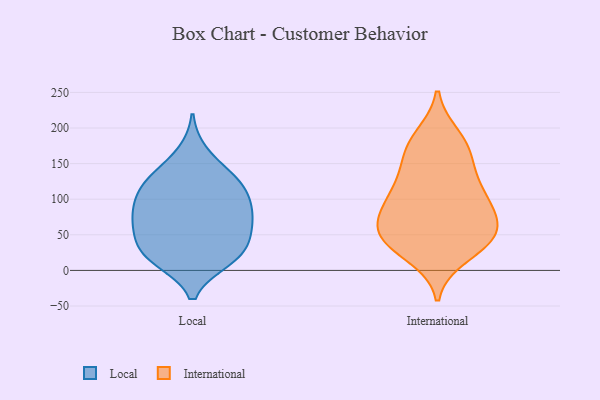
{"axis": {"x": "Temperature (°C)", "y": "Value"}, "legend": ["International", "Local"], "data": [{"x": "", "y": 123, "type": "Local"}, {"x": "", "y": 14, "type": "Local"}, {"x": "", "y": 87, "type": "Local"}, {"x": "", "y": 29, "type": "Local"}, {"x": "", "y": 67, "type": "Local"}, {"x": "", "y": 93, "type": "Local"}, {"x": "", "y": 98, "type": "Local"}, {"x": "", "y": 25, "type": "Local"}, {"x": "", "y": 14, "type": "Local"}, {"x": "", "y": 59, "type": "Local"}, {"x": "", "y": 123, "type": "Local"}, {"x": "", "y": 22, "type": "Local"}, {"x": "", "y": 131, "type": "Local"}, {"x": "", "y": 165, "type": "Local"}, {"x": "", "y": 56, "type": "Local"}, {"x": "", "y": 127, "type": "Local"}, {"x": "", "y": 86, "type": "Local"}, {"x": "", "y": 57, "type": "Local"}, {"x": "", "y": 49, "type": "International"}, {"x": "", "y": 80, "type": "International"}, {"x": "", "y": 61, "type": "International"}, {"x": "", "y": 21, "type": "International"}, {"x": "", "y": 105, "type": "International"}, {"x": "", "y": 180, "type": "International"}, {"x": "", "y": 38, "type": "International"}, {"x": "", "y": 171, "type": "International"}, {"x": "", "y": 140, "type": "International"}, {"x": "", "y": 153, "type": "International"}, {"x": "", "y": 40, "type": "International"}, {"x": "", "y": 188, "type": "International"}, {"x": "", "y": 72, "type": "International"}, {"x": "", "y": 115, "type": "International"}, {"x": "", "y": 56, "type": "International"}, {"x": "", "y": 106, "type": "International"}, {"x": "", "y": 40, "type": "International"}, {"x": "", "y": 93, "type": "International"}]}